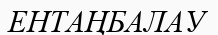
ЕНТАҢБАЛАУ